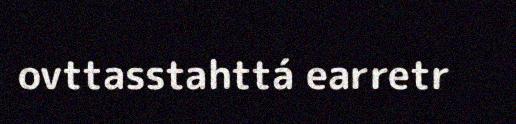
ovttasstahttá earretr